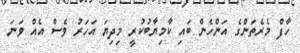
ހާފް މެެރެތަންގެ އަންހެން ބައި ކާމިޔާބުކުރީ މިދިޔަ އަހަރު ވެސް އެއް ވަނަ